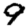
Digit: 9